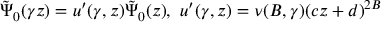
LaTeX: \tilde { \Psi } _ { 0 } ( \gamma z ) = u ^ { \prime } ( \gamma , z ) \tilde { \Psi } _ { 0 } ( z ) , \, \, u ^ { \prime } ( \gamma , z ) = \nu ( B , \gamma ) ( c z + d ) ^ { 2 B }